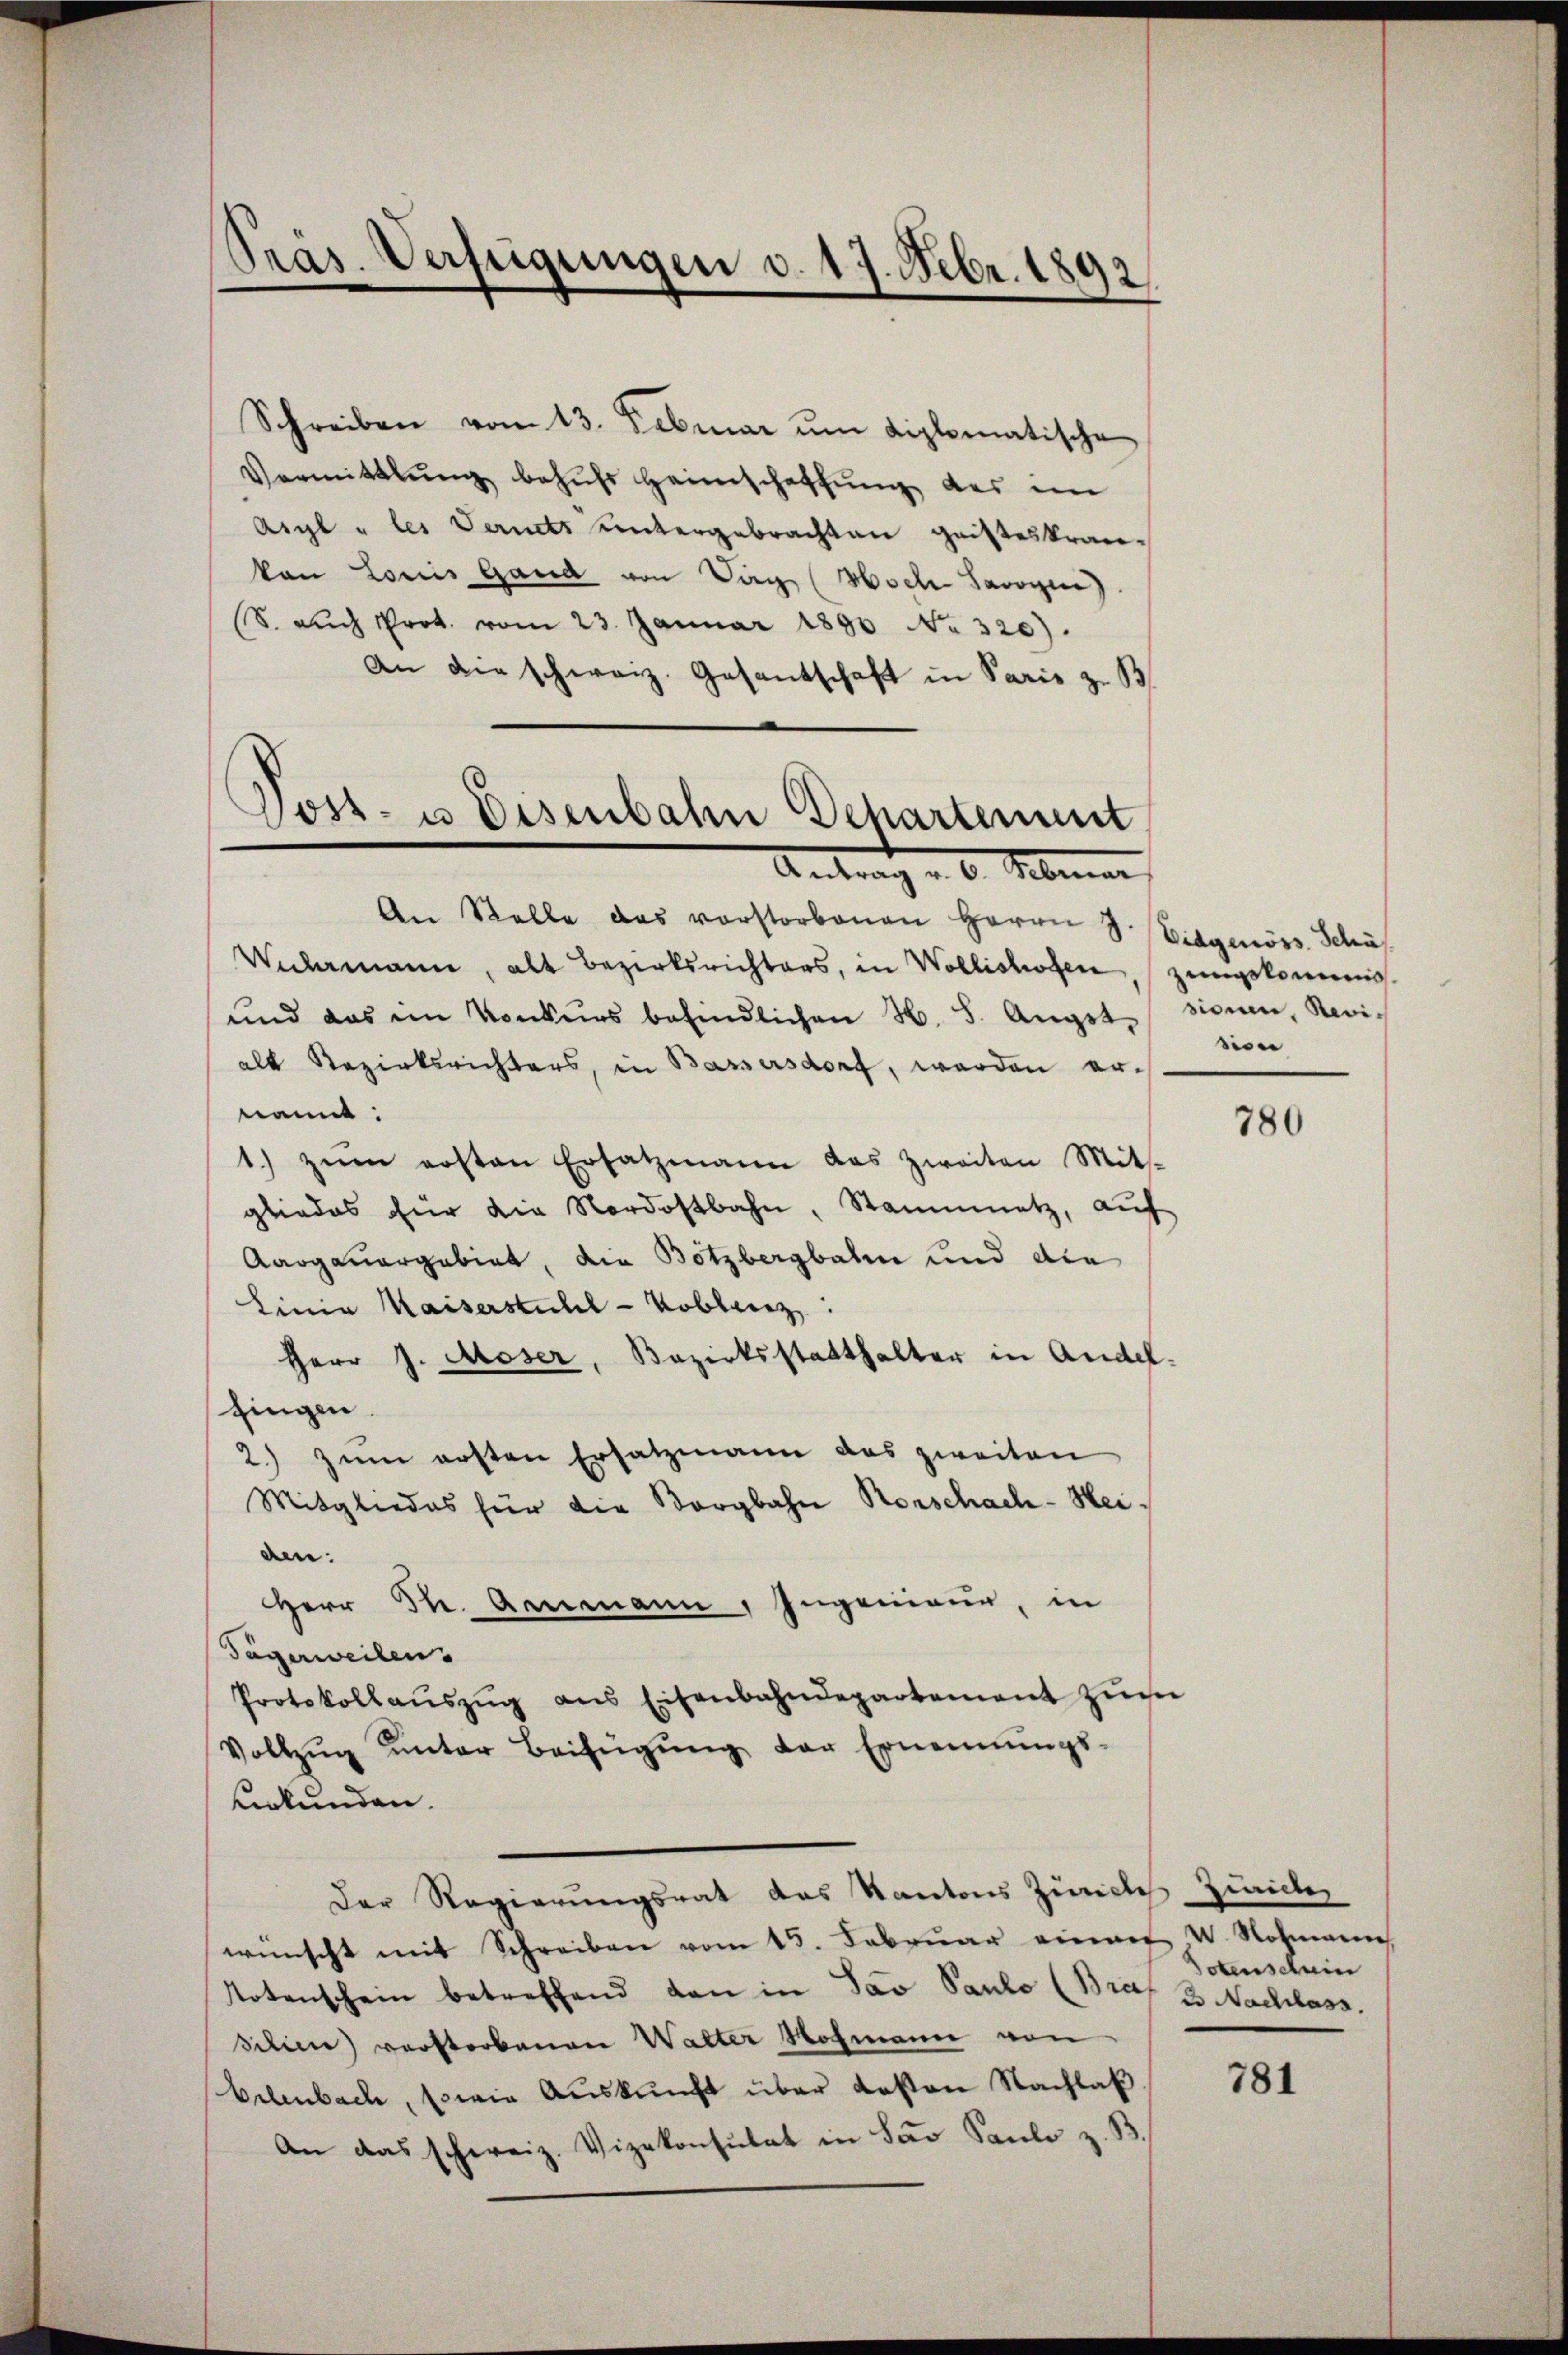
Präs. Verfügungen v. 17. Febr. 1892.

Schreiben von 13. Februar um diplomatische
Vermittlung behŭfs Heimschaffŭng des im
Aigl u les Vernets untergebrachten geisteskranvon Louis Gand von Tag (Woche Savoyen).
S. auch Prot. vom 23. Januar 1890 No 320).
An die schweiz. Gesantschaft in Paris z. B
Vost- u Eisenbahn Departement
Antrag v. 6. Monat

An Stelle das vorstorbenen Herrn S. Eidgenöss. Schäf
Vilemann, alt Bezirksrichters, in Wollishofen, zungskommis
und das im Konkŭrs befindlichen H. S. Angst sinnen, Revialt Bezirksrichters, in Bassersdorf, werden ernannt:
1) zŭm ersten Ersatzmann das zweiten Mit-
gliedes für die Nordostbahn, Staummetz, auf
Aargauergebiet, die Botzbergbahn und die
Linia Kaiserstuhl-Voblenz:
Herr J. Moser, Bezirksstatthalter in Andel.
zingen
2.) zum ersten Ersatzmann das zweiten
Mitgliedes für die Borgbahn Rorschach-Heiden:
HHerr M. Germann, Ingenieur, in
Tägerweilen.
Protokollaŭszŭg ans Eisenbahndepartement zŭm
Vollzŭg ŭnter Beifügŭng der Ernennungs-
urkunden.
Der Regierungsrat das Kantons Zürich
wünscht mit Schreiben vom 15. Februar einem V. Nochmann
Notenschein betreffend dan in Jav Paule (Braf 2. Nachlass.
silien) verstorbenen Walter Hochmann von
Erlenbach, sowie Auskunft über desten Nachlaß
An das schweiz. Vizekonsulat in Sav Saulo z. B.

sion

780

waide
otenschein

781